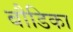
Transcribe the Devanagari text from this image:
बौडिका